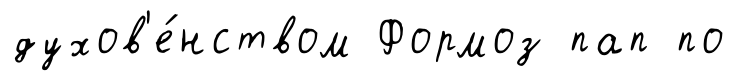
духов'е́нством Формоз пап по